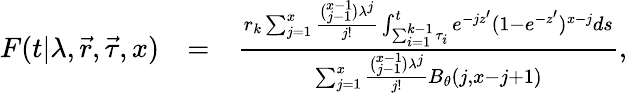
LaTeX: \begin{array}{rlr}{F(t|\lambda,\vec{r},\vec{\tau},x)}&{=}&{\frac{r_{k}\sum_{j=1}^{x}\frac{\binom{x-1}{j-1}\lambda^{j}}{j!}\int_{\sum_{i=1}^{k-1}\tau_{i}}^{t}e^{-jz^{\prime}}(1-e^{-z^{\prime}})^{x-j}ds}{\sum_{j=1}^{x}\frac{\binom{x-1}{j-1}\lambda^{j}}{j!}B_{\theta}(j,x-j+1)},}\end{array}